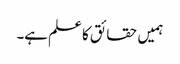
ہمیں حقائق کا علم ہے۔